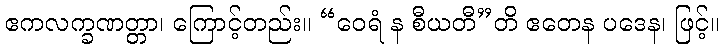
ဧကလက္ခဏတ္တာ၊ ကြောင့်တည်း။ “ဝေရံ န စီယတီ”တိ ဧတေန ပဒေန၊ ဖြင့်။